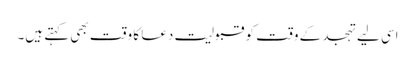
اسی لیے تہجد کے وقت کو قبولیت دعا کا وقت بھی کہتے ہیں۔